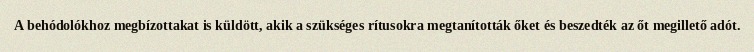
A behódolókhoz megbízottakat is küldött, akik a szükséges rítusokra megtanították őket és beszedték az őt megillető adót.